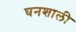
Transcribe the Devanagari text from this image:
घनशाली